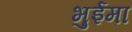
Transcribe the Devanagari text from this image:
भुईमा